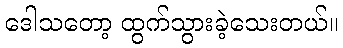
ဒေါသတော့ ထွက်သွားခဲ့သေးတယ်။